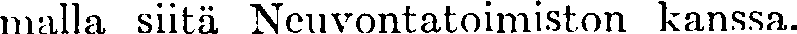
malla siitä Neuvontatoimiston kanssa.